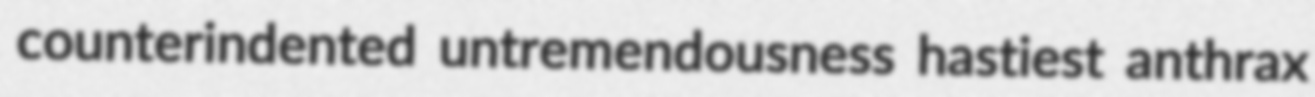
counterindented untremendousness hastiest anthrax